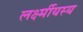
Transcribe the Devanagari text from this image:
लर्क्ष्मीयस्य